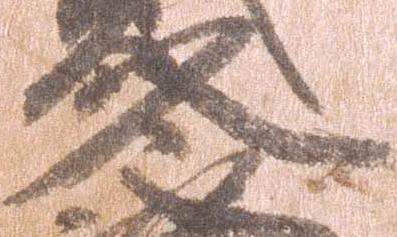
冬